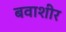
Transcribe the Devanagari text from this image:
बवाशीर